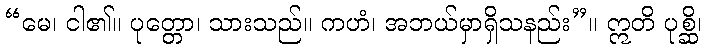
“မေ၊ ငါ၏။ ပုတ္တော၊ သားသည်။ ကဟံ၊ အဘယ်မှာရှိသနည်း”။ ဣတိ ပုစ္ဆိ၊